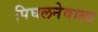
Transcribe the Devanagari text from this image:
पिघलनेवाला